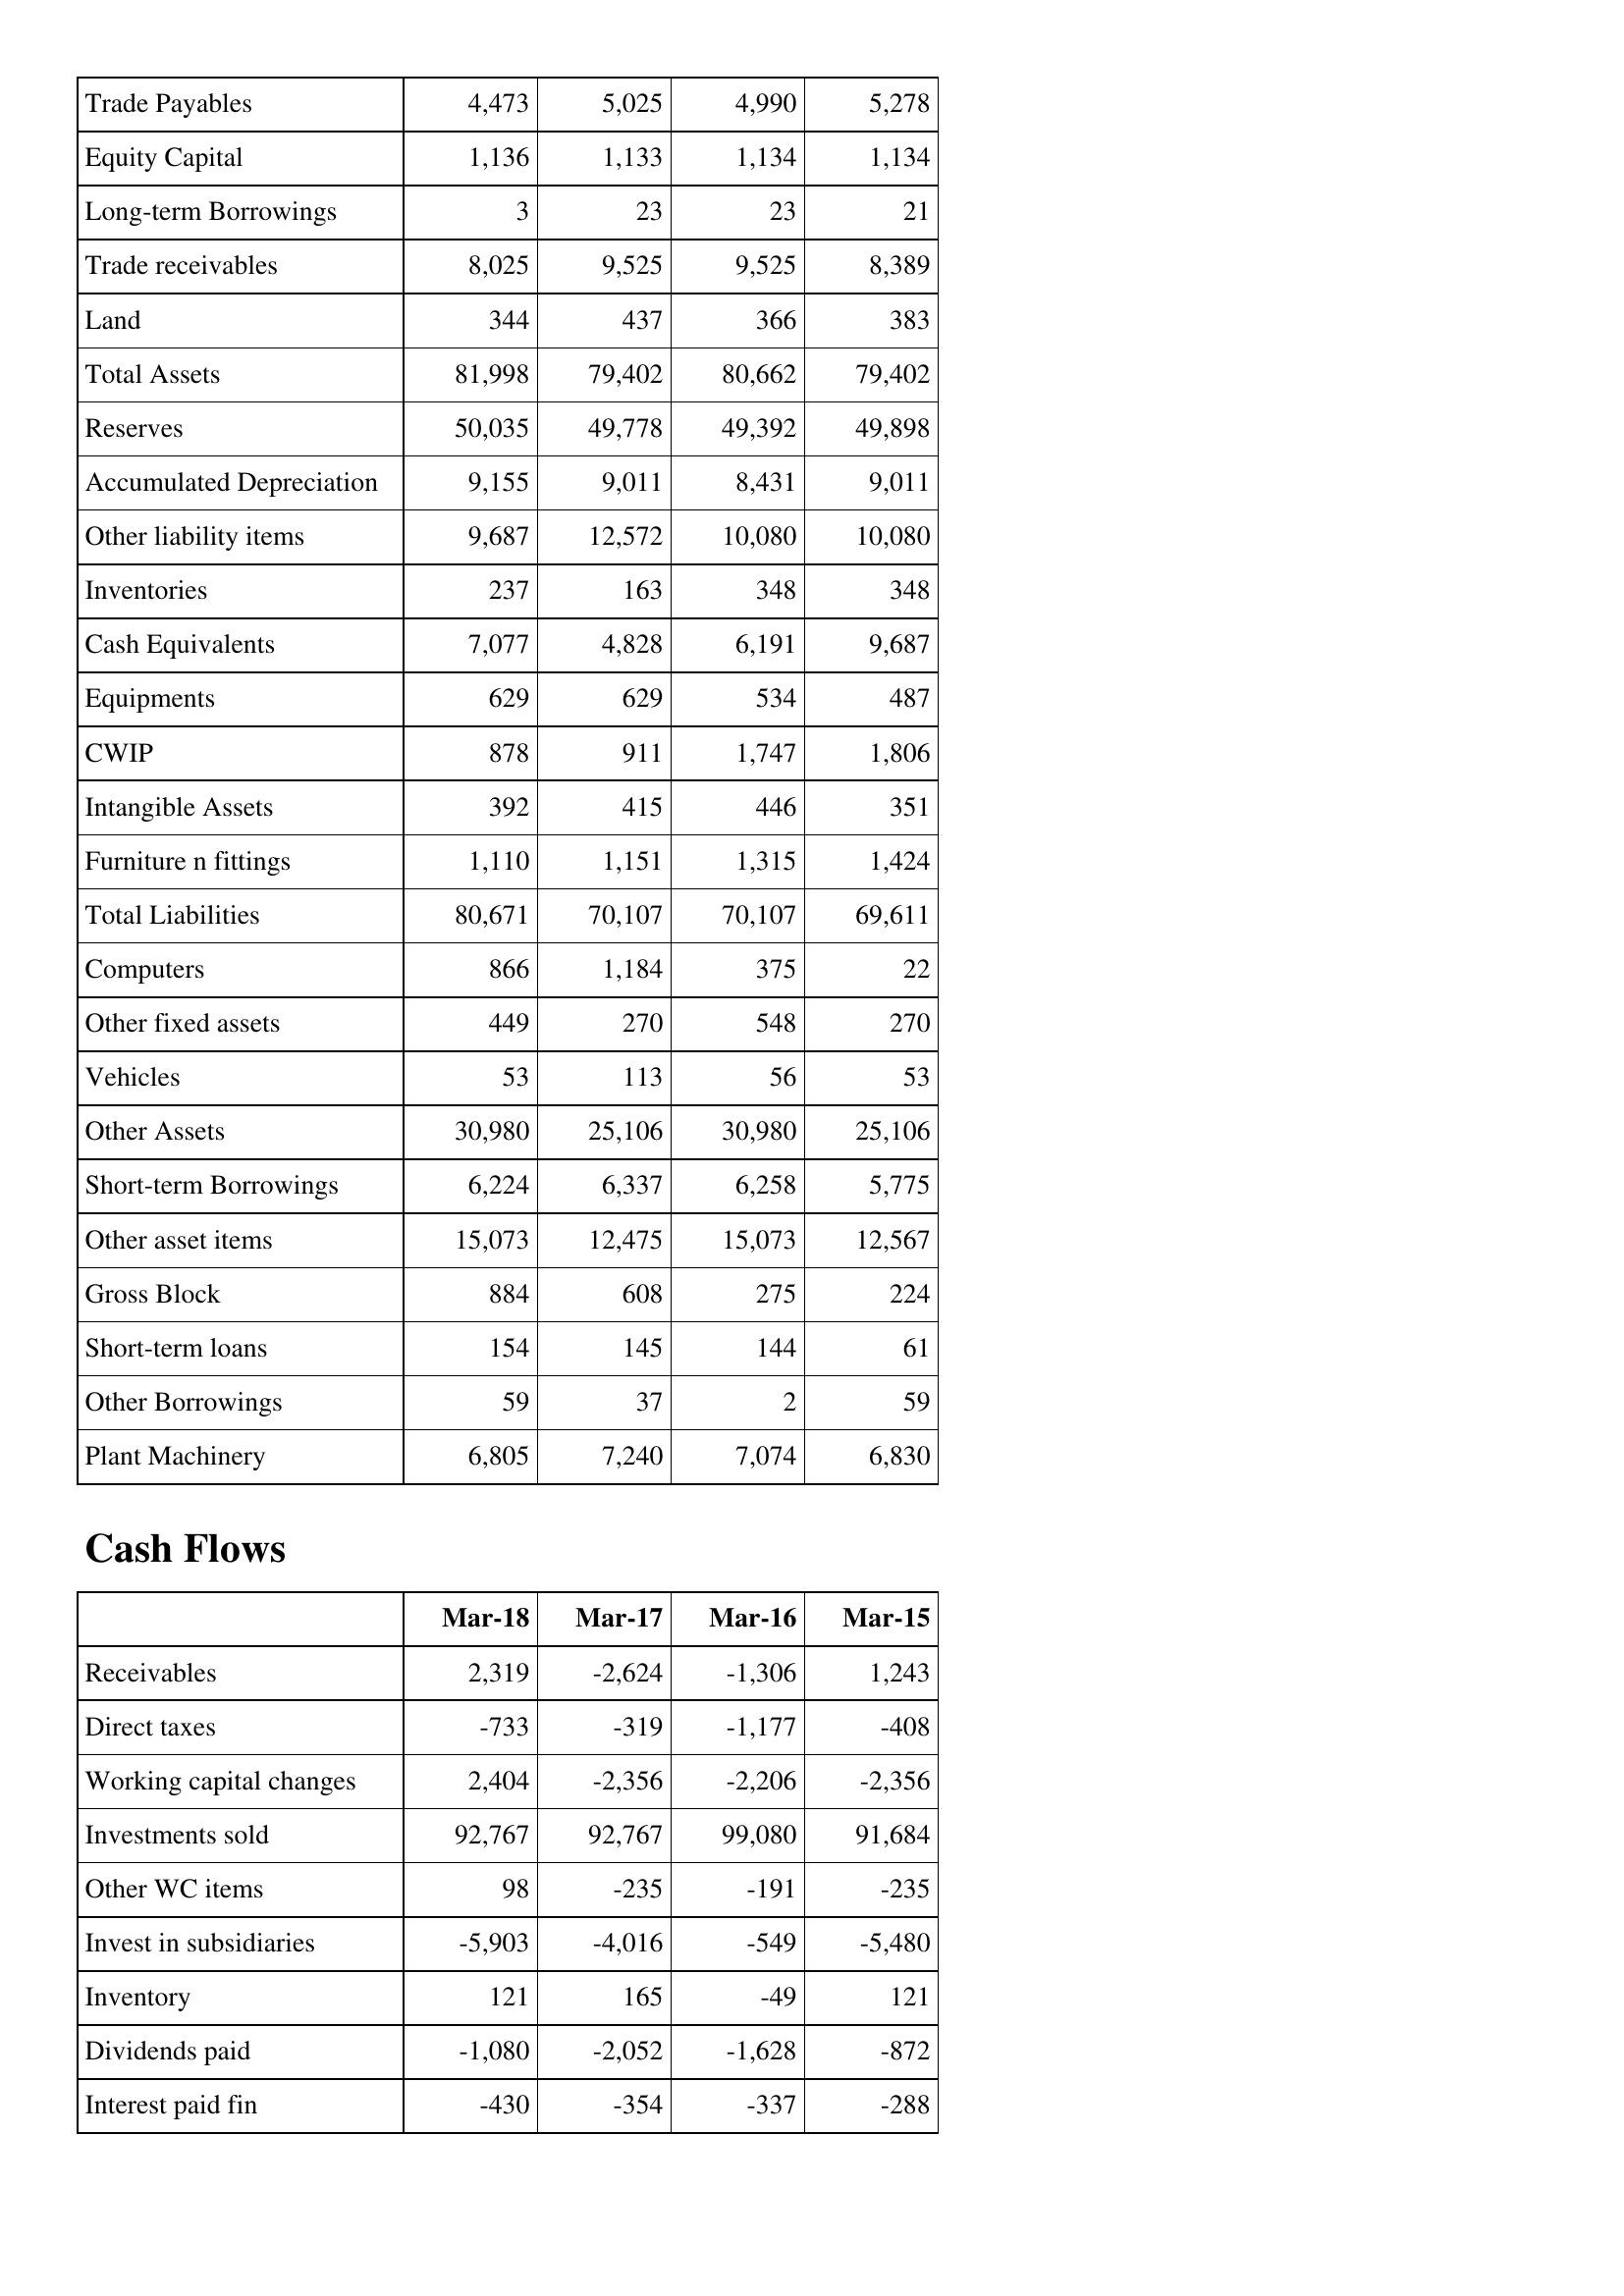
Mar-18: Balance Sheet: Trade Payables: 4,473
Equity Capital: 1,136
Long-term Borrowings: 3
Trade receivables: 8,025
Land: 344
Total Assets: 81,998
Reserves: 50,035
Accumulated Depreciation: 9,155
Other liability items: 9,687
Inventories: 237
Cash Equivalents: 7,077
Equipments: 629
CWIP: 878
Intangible Assets: 392
Furniture n fittings: 1,110
Total Liabilities: 80,671
Computers: 866
Other fixed assets: 449
Vehicles: 53
Other Assets: 30,980
Short-term Borrowings: 6,224
Other asset items: 15,073
Gross Block: 884
Short-term loans: 154
Other Borrowings: 59
Plant Machinery: 6,805
Cash Flows: Receivables: 2,319
Direct taxes: -733
Working capital changes: 2,404
Investments sold: 92,767
Other WC items: 98
Invest in subsidiaries: -5,903
Inventory: 121
Dividends paid: -1,080
Interest paid fin: -430
Mar-17: Balance Sheet: Trade Payables: 5,025
Equity Capital: 1,133
Long-term Borrowings: 23
Trade receivables: 9,525
Land: 437
Total Assets: 79,402
Reserves: 49,778
Accumulated Depreciation: 9,011
Other liability items: 12,572
Inventories: 163
Cash Equivalents: 4,828
Equipments: 629
CWIP: 911
Intangible Assets: 415
Furniture n fittings: 1,151
Total Liabilities: 70,107
Computers: 1,184
Other fixed assets: 270
Vehicles: 113
Other Assets: 25,106
Short-term Borrowings: 6,337
Other asset items: 12,475
Gross Block: 608
Short-term loans: 145
Other Borrowings: 37
Plant Machinery: 7,240
Cash Flows: Receivables: -2,624
Direct taxes: -319
Working capital changes: -2,356
Investments sold: 92,767
Other WC items: -235
Invest in subsidiaries: -4,016
Inventory: 165
Dividends paid: -2,052
Interest paid fin: -354
Mar-16: Balance Sheet: Trade Payables: 4,990
Equity Capital: 1,134
Long-term Borrowings: 23
Trade receivables: 9,525
Land: 366
Total Assets: 80,662
Reserves: 49,392
Accumulated Depreciation: 8,431
Other liability items: 10,080
Inventories: 348
Cash Equivalents: 6,191
Equipments: 534
CWIP: 1,747
Intangible Assets: 446
Furniture n fittings: 1,315
Total Liabilities: 70,107
Computers: 375
Other fixed assets: 548
Vehicles: 56
Other Assets: 30,980
Short-term Borrowings: 6,258
Other asset items: 15,073
Gross Block: 275
Short-term loans: 144
Other Borrowings: 2
Plant Machinery: 7,074
Cash Flows: Receivables: -1,306
Direct taxes: -1,177
Working capital changes: -2,206
Investments sold: 99,080
Other WC items: -191
Invest in subsidiaries: -549
Inventory: -49
Dividends paid: -1,628
Interest paid fin: -337
Mar-15: Balance Sheet: Trade Payables: 5,278
Equity Capital: 1,134
Long-term Borrowings: 21
Trade receivables: 8,389
Land: 383
Total Assets: 79,402
Reserves: 49,898
Accumulated Depreciation: 9,011
Other liability items: 10,080
Inventories: 348
Cash Equivalents: 9,687
Equipments: 487
CWIP: 1,806
Intangible Assets: 351
Furniture n fittings: 1,424
Total Liabilities: 69,611
Computers: 22
Other fixed assets: 270
Vehicles: 53
Other Assets: 25,106
Short-term Borrowings: 5,775
Other asset items: 12,567
Gross Block: 224
Short-term loans: 61
Other Borrowings: 59
Plant Machinery: 6,830
Cash Flows: Receivables: 1,243
Direct taxes: -408
Working capital changes: -2,356
Investments sold: 91,684
Other WC items: -235
Invest in subsidiaries: -5,480
Inventory: 121
Dividends paid: -872
Interest paid fin: -288